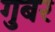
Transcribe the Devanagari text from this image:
गुबर